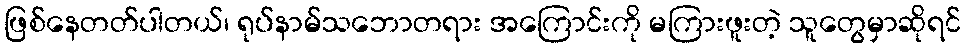
ဖြစ်နေတတ်ပါတယ်၊ ရုပ်နာမ်သဘောတရား အကြောင်းကို မကြားဖူးတဲ့ သူတွေမှာဆိုရင်